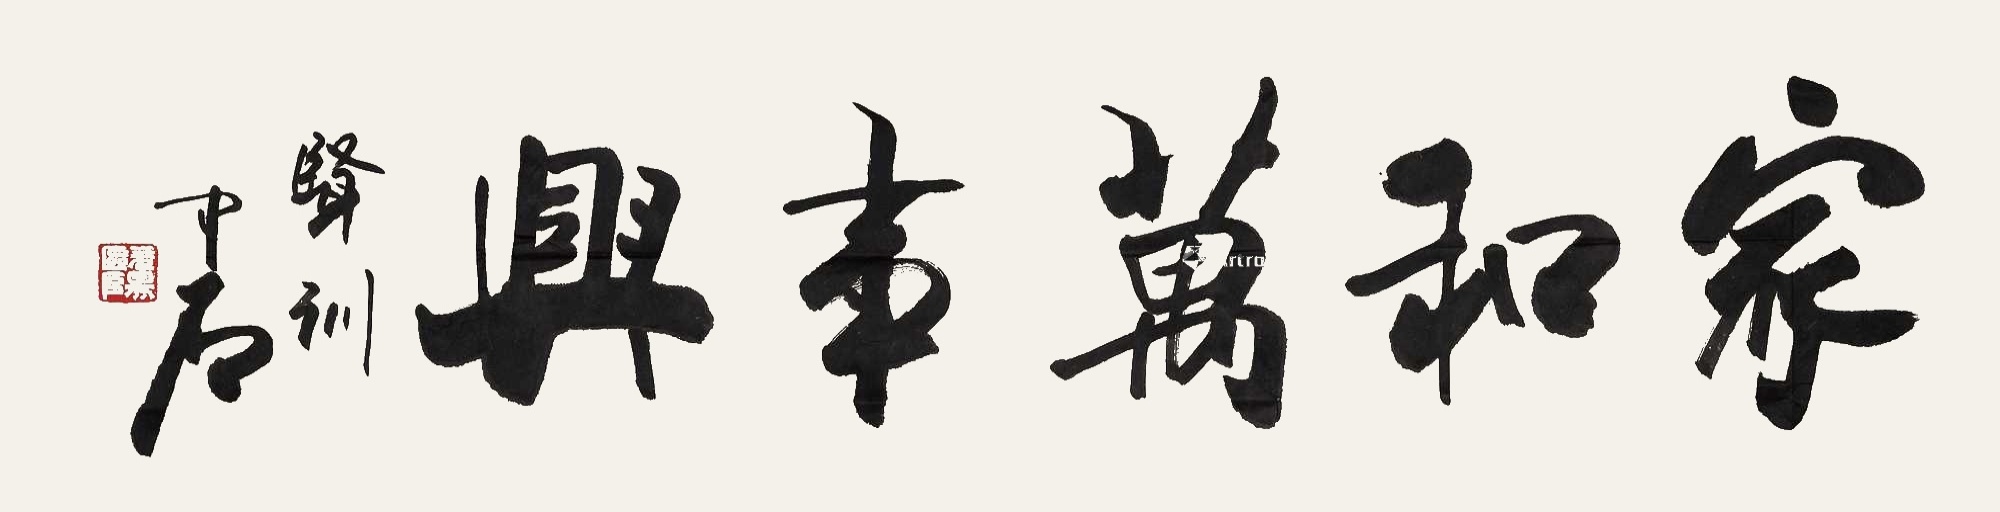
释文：家和万事兴。贤训。中石。